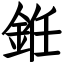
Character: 銋